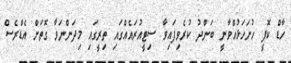
ހާޑް ކޮޕީ ހުށަހަޅުއްވާނީ ބަންދު ކުރެވިފައިވާ ސިޓީއުރައެއްގައި ތިރީގައި މިދަންނަވާ ގޮތަށް އެޑްރެސް